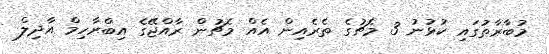
މުބާރާތުގައި ކުޅުނު 3 މެޗުގެ ތެރެއިން އެއް މެޗުން ރާއްޖޭގެ އިބްރާހިމް އާދިލް